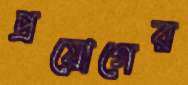
প্রয়োগের